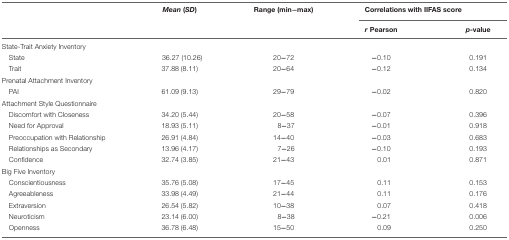
|  | Mean (SD) | Range (min-max) | <COLSPAN=2> Correlations with IIFAS score |
 |  |  |  | r Pearson | p-value |
 | --- | --- | --- | --- | --- |
 | State-Trait Anxiety Inventory |  |  |  |  |
 | State | 36.27 (10.26) | 20-72 | -0.10 | 0.191 |
 | Trait | 37.88 (8.11) | 20-64 | -0.12 | 0.134 |
 | Prenatal Attachment Inventory |  |  |  |  |
 | PAI | 61.09 (9.13) | 29-79 | -0.02 | 0.820 |
 | <COLSPAN=2> Attachment Style Questionnaire |  |  |  |
 | Discomfort with Closeness | 34.20 (5.44) | 20-58 | -0.07 | 0.396 |
 | Need for Approval | 18.93 (5.11) | 8-37 | -0.01 | 0.918 |
 | Preoccupation with Relationship | 26.91 (4.84) | 14-40 | -0.03 | 0.683 |
 | Relationships as Secondary | 13.96 (4.17) | 7-26 | -0.10 | 0.193 |
 | Confidence | 32.74 (3.85) | 21-43 | 0.01 | 0.871 |
 | Big Five Inventory |  |  |  |  |
 | Conscientiousness | 35.76 (5.08) | 17-45 | 0.11 | 0.153 |
 | Agreeableness | 33.98 (4.49) | 21-44 | 0.11 | 0.176 |
 | Extraversion | 26.54 (5.82) | 10-38 | 0.07 | 0.418 |
 | Neuroticism | 23.14 (6.00) | 8-38 | -0.21 | 0.006 |
 | Openness | 36.78 (6.48) | 15-50 | 0.09 | 0.250 |